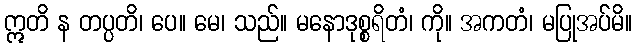
ဣတိ န တပ္ပတိ၊ ပေ။ မေ၊ သည်။ မနောဒုစ္စရိတံ၊ ကို။ အကတံ၊ မပြုအပ်မိ။